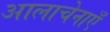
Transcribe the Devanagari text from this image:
आलाचेनाएँ